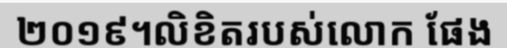
២០១៩។លិខិតរបស់លោក ផែង